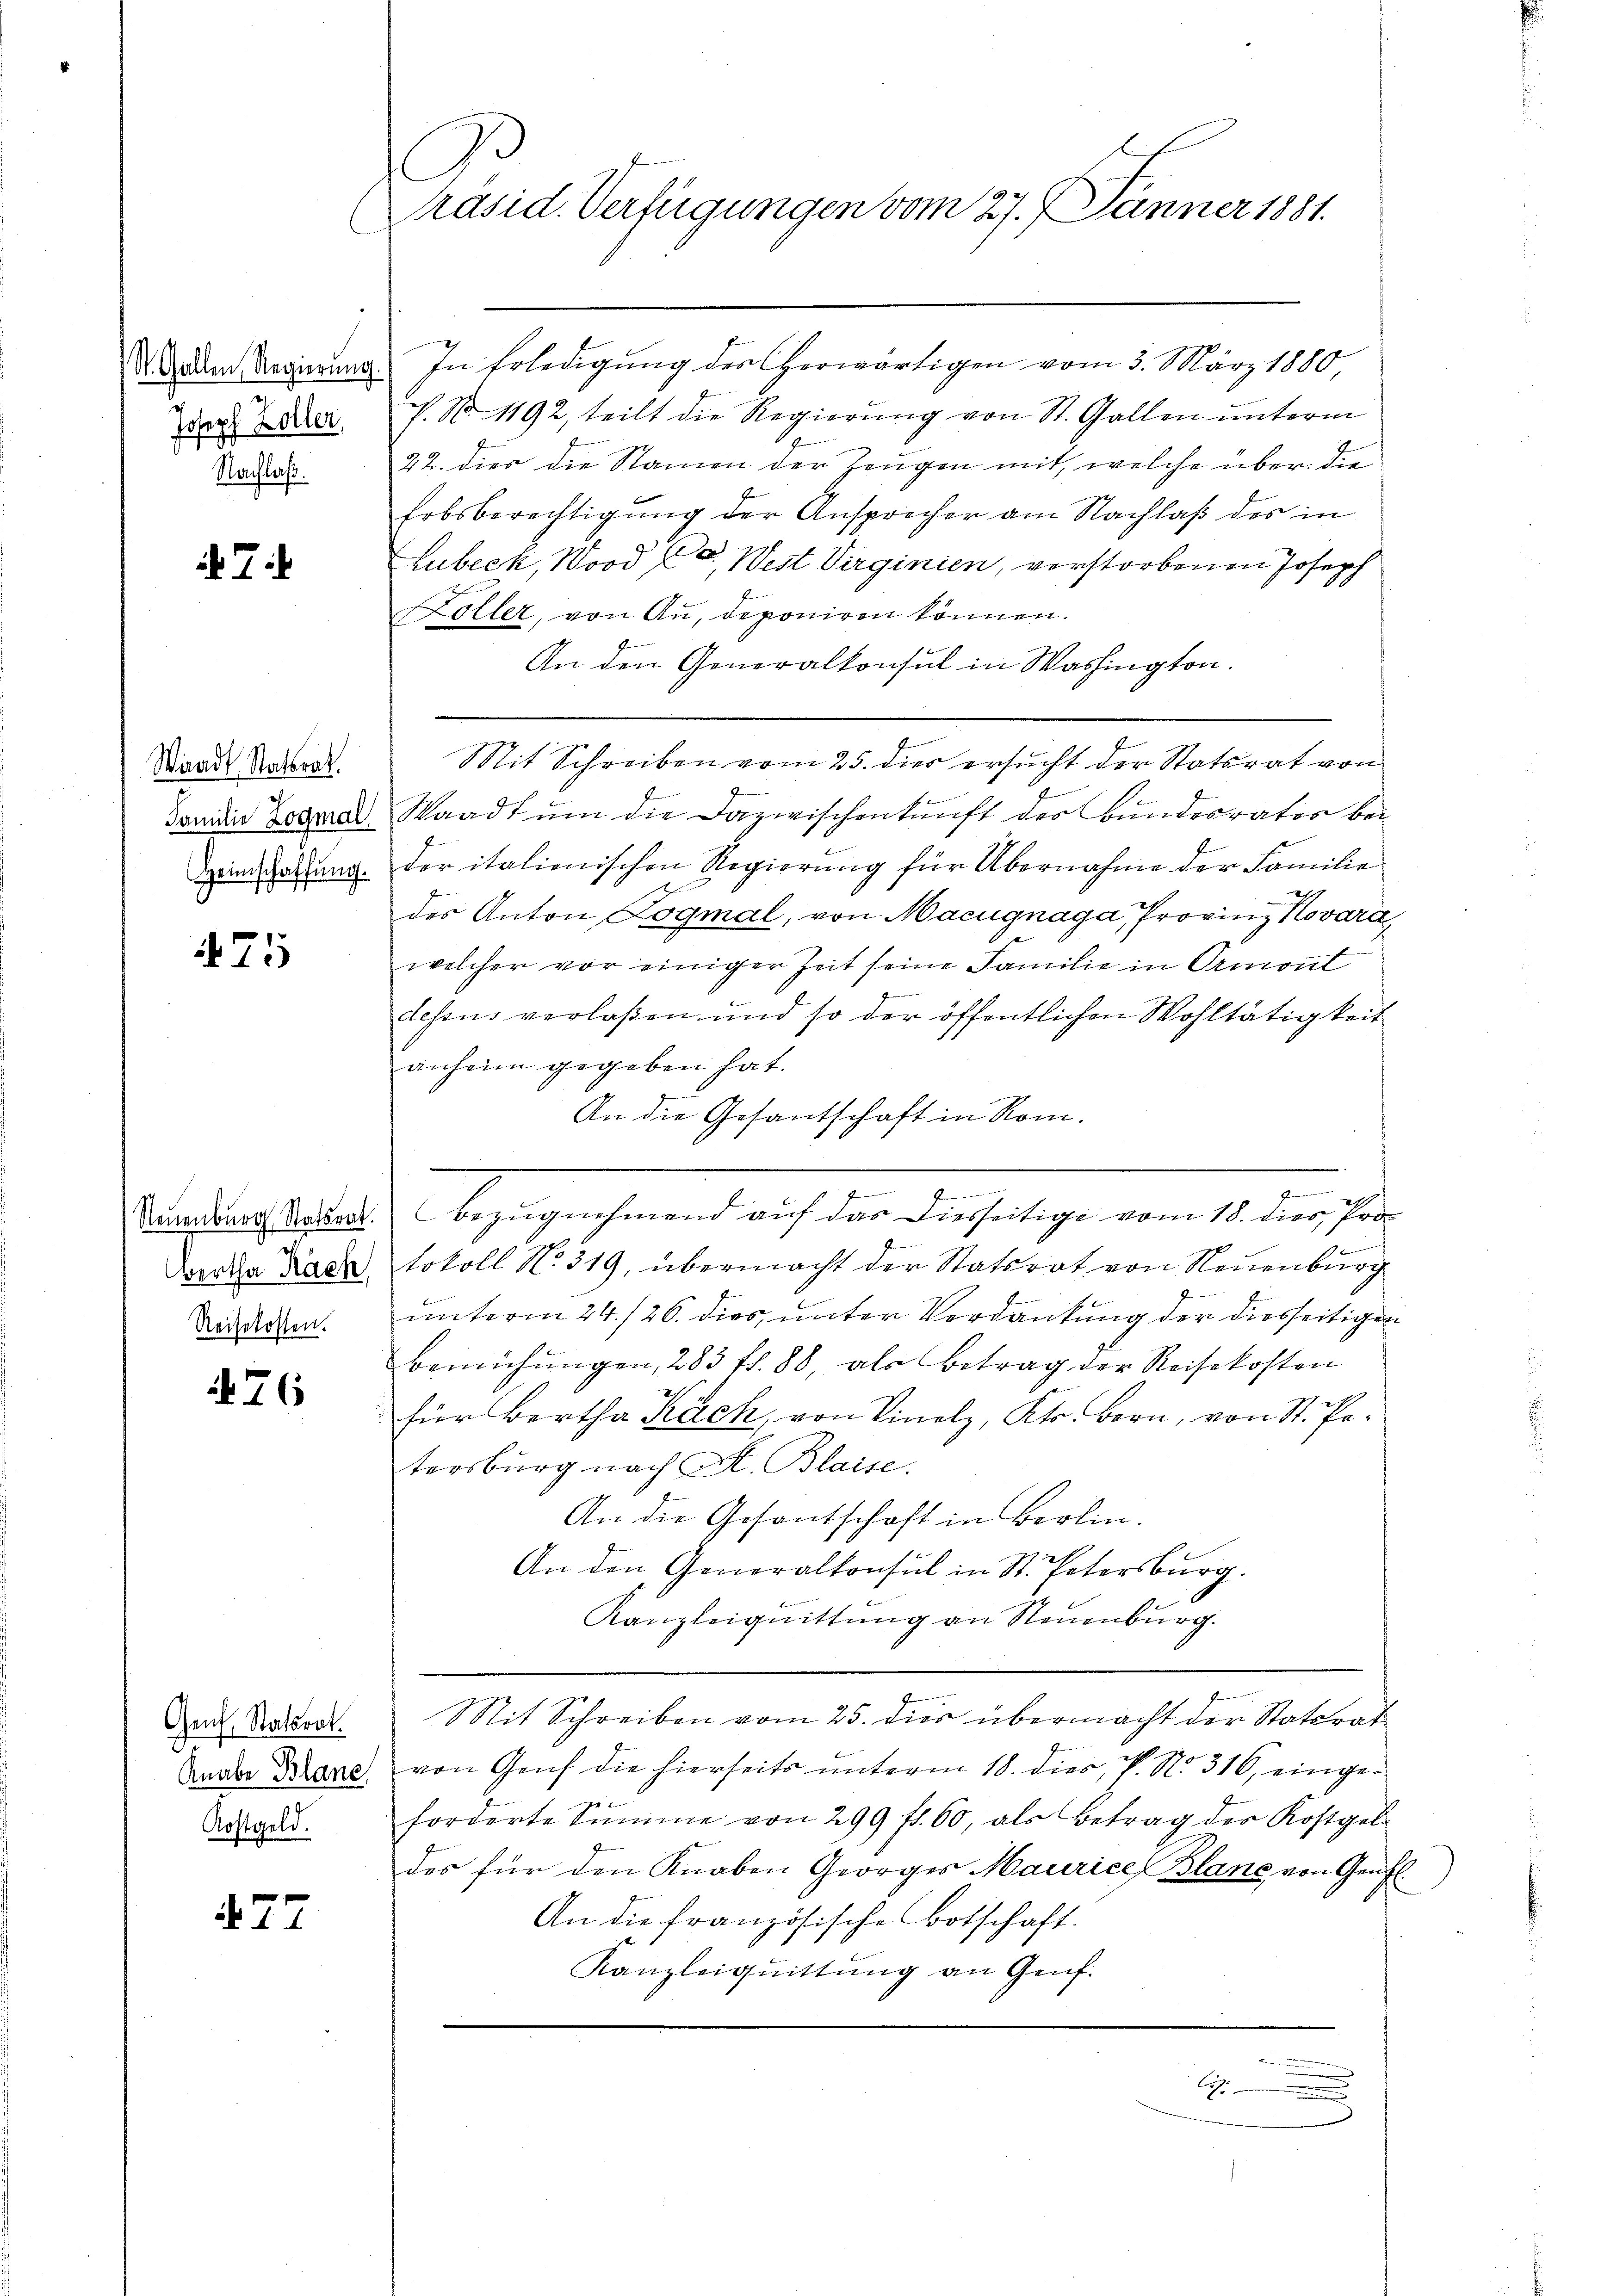
St. Gallen Regierung.
Joseph Zoller,
Nachlaß.

7

Waadt Statsrat.
Familie Logmal,
Heimschaffung.

75

Neuenburg Statsrat.
Wertha Räch
Reisekosten.

76

Genf, Statsrat.
Knabe Blane
Kostgeld.

77

Präsid. Verfügungen vom 27. Jänner 1881.

In Erledigung des herwärtigen vom 3. März 1880
P. No. 1192, teilt die Regierŭng von St. Gallen unterm
22. dies die Namen der Zeugen mit, welche über die
Erbsberechtigung der Ansprecher am Nachlaß des in
Lubeck, Nord CC., West Virginien, verstorbenen Joseph
Laller, von Au, deponiren können.
An den Generalkonsul in Washington.
Mit Schreiben vom 25. dies ersucht der Statsrat von
Waadt um die Dazwischenkunft der Bundesrates bei
der italionischen Regierung für Übernahme der Familie
des Anton Dogmal, von Macugnaga, Frovinz Novara
welcher vor einiger Zeit seine Familie in Ormont
dessus verlaßen und so der öffentlichen Wohltätigkeit
anheim gegeben hat.
An die Gesantschaft in Rom.

m
bezŭgnehmend auf das Diesseitige vom 18. dies Pro
tokoll No. 319, übermacht der Statsrat von Neuenburg
unterm 24./26. dies, unter Verdankung der diesseitigen
Bemühungen, 283 ff. 88 als Betrag der Reisekosten
für Bertha Käch, von Vinolz, Kts. Bern, von St. Petersburg nach Al. Blaise.
An die Gesantschaft in Berlin.
An den Generalkonsul in St. Petersburg.
Kanzleiguittung an Neuenburg.
Mit Schreiben vom 25. dies übermacht der Statsrat
von Genf die hierseits unterm 18. dies, P. Nr. 316, einge¬
.
forderte Summe von 299 fl. 60, als Betrag der Kostgel-
des für den Knaben Georges Maurice Blanc, von Genf
An die französische Botschaft.
Kanzleiquittung an Genf.